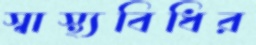
স্বাস্থ্যবিধির